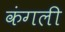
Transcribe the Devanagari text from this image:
कंगली